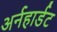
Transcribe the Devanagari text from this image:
अर्नहार्डट